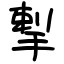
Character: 揧